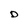
Character: D